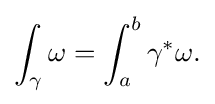
\displaystyle {\int _{\gamma }\omega =\int _{a}^{b}\gamma ^{*}\omega .}